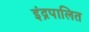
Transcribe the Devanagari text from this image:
इंद्रपालित